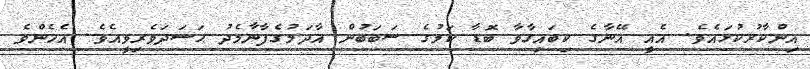
އިންކާރުކުޅައެވެ. އެއީ އޭނާގެ ކިބައިގާވާ ބޮޑާ ކަމުގެ ސަބަބުން އާދަމުގެފާނާމެދު ޙަސަދަވެރިވީއެވެ. އެހެންވެ